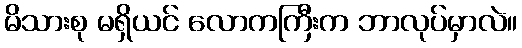
မိသားစု မရှိယင် လောကကြီးက ဘာလုပ်မှာလဲ။